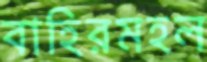
বাহিরমহল